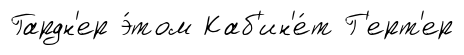
Гардн'ер э́том Каб'ин'е́т Г'ерт'ер